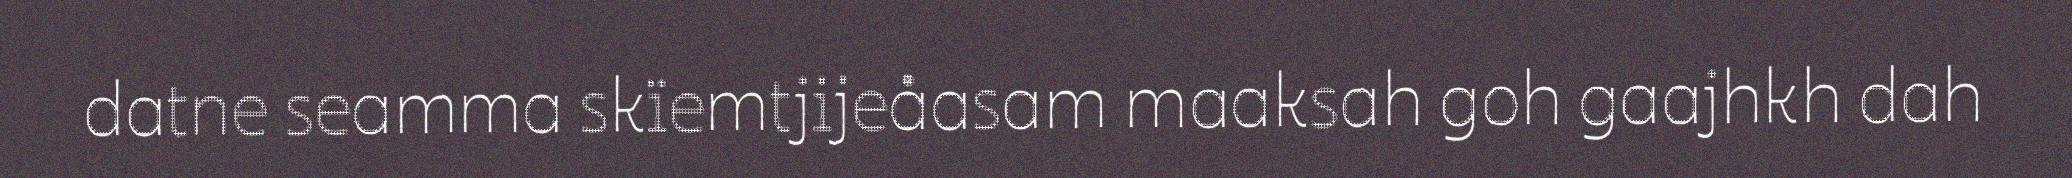
datne seamma skïemtjijeåasam maaksah goh gaajhkh dah